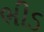
ભીડ